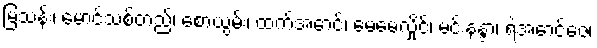
မြသန်း၊ မောင်သစ်တည်၊ စောယွမ်း၊ ထက်အောင်၊ မေမေလှိုင်၊ မင်းနန္ဒာ၊ ရဲအောင်ဇေ၊